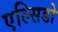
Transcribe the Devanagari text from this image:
एल्सिडो